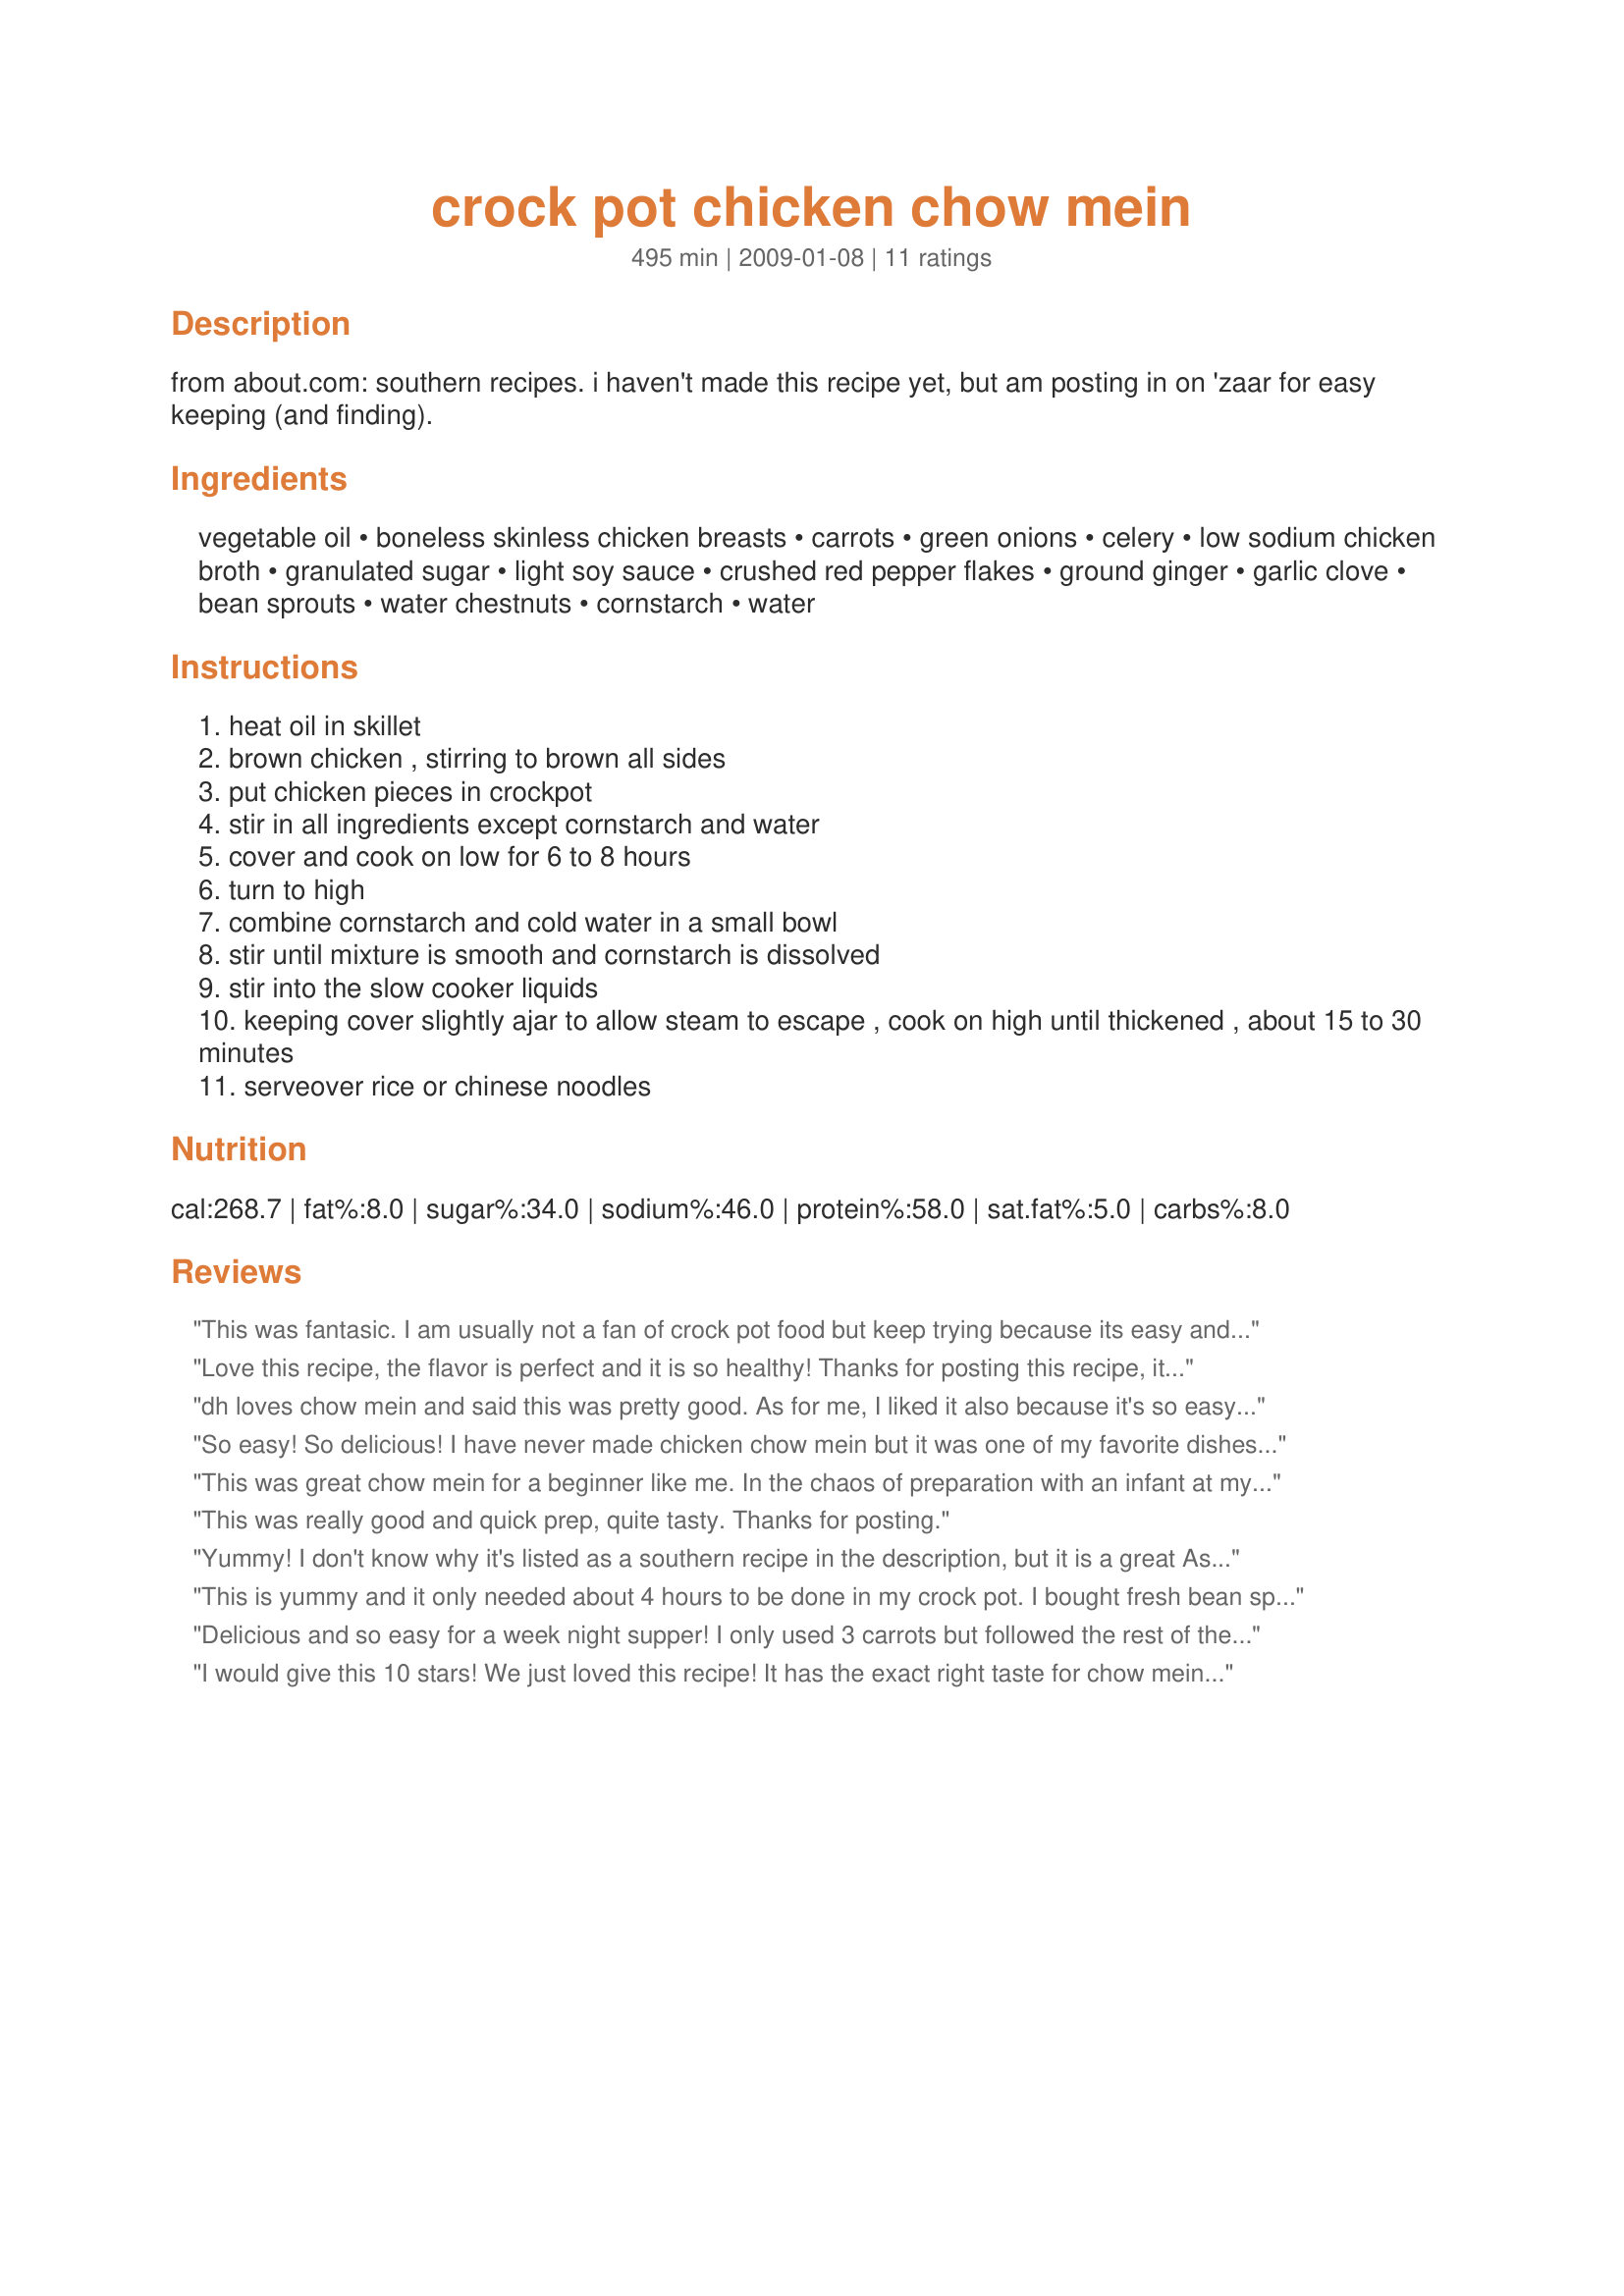
crock pot chicken chow mein
Preparation time: 495 minutes

from about.com: southern recipes. i haven't made this recipe yet, but am posting in on 'zaar for easy keeping (and finding).

Ingredients:
vegetable oil, boneless skinless chicken breasts, carrots, green onions, celery, low sodium chicken broth, granulated sugar, light soy sauce, crushed red pepper flakes, ground ginger, garlic clove, bean sprouts, water chestnuts, cornstarch, water

Steps:
heat oil in skillet
brown chicken , stirring to brown all sides
put chicken pieces in crockpot
stir in all ingredients except cornstarch and water
cover and cook on low for 6 to 8 hours
turn to high
combine cornstarch and cold water in a small bowl
stir until mixture is smooth and cornstarch is dissolved
stir into the slow cooker liquids
keeping cover slightly ajar to allow steam to escape , cook on high until thickened , about 15 to 30 minutes
serveover rice or chinese noodles

Reviews:
This was fantasic. I am usually not a fan of crock pot food but keep trying because its easy and this is definately a keeper. I didn't use the water chesnuts or the canned bean sprouts because I don't like them. I added drained baby corn instead. I cooked on high for about 4 hours, added the cornstarch/water and cooked another 10 minutes. Turned out perfect.
Love this recipe, the flavor is perfect and it is so healthy! Thanks for posting this recipe, it is quite flexible and so easy! I put the chicken in the crockpot without browning, used a fresh bag of bean sprouts, fresh ginger, a yellow onion, no water chestnuts, sucralose for sweetener and no sides for a lower carb meal. This goes in my favorite recipes and meal rotation.
dh loves chow mein and said this was pretty good. As for me, I liked it also because it's so easy to prepare and gave us lots of left-overs, even though I'm not big on Asian food, I thought it was tasty.<br/>Thanks for posting it
So easy! So delicious!

I have never made chicken chow mein but it was one of my favorite dishes my mom made. This recipe tasted just like hers! I made it a few weeks ago and will make two crackpots of it tomorrow, which is a lot because my husband, who also loved the recipe, and I are in our upper 60s and don&#039;t eat that much. We will be giving this to 2 friends from church whose spouses are going through chemotherapy. I&#039;m a decent cook so I wouldn&#039;t take something unless it tasted really good. This recipe fills the bill.
This was great chow mein for a beginner like me. In the chaos of preparation with an infant at my feet I forgot the T of sugar but when it was done I didn't even notice. I also used a whole bag of fresh bean sprouts instead of the can. Yum! To add an extra health benefit I served this with brown rice. It was great! We'll make it again when the craving comes along.
This was really good and quick prep, quite tasty. Thanks for posting.
Yummy! I don't know why it's listed as a southern recipe in the description, but it is a great Asian dish. I drained my cans, as it did not specify and the whole thing was done in 2 hrs. I also halved the cornstarch as a quarter cup seemed like a lot, and it worked perfectly. This is really good chow mein that I will be making often. Thanks for sharing. :)
This is yummy and it only needed about 4 hours to be done in my crock pot. I bought fresh bean sprouts to put in it in the last hour, but they didn't last for the 2 days that I had them in the fridge, so our version is sprout-less! :( My kids mostly like Chow Mein because of the noodles that you usually get with them, so I bought Chow Mein noodles and put a little bit of egg omelette on top of the dish. Yum! Made for PRMR.
Delicious and so easy for a week night supper! I only used 3 carrots but followed the rest of the recipe as written -- delish! Thanks for sharing this keeper recipe!
I would give this 10 stars! We just loved this recipe! It has the exact right taste for chow mein. Plus , it was so easy. It smelled so good cooking this afternoon! My hubby had seconds and told me to make this again. I added in a can of bamboo shoots , drained, and I drained my water chestnuts and bean sprouts. I had a 15 ounce can of bean sprouts so I put the whole can in there. I used 4 garlic cloves and 1 tablespoon fresh grated gingerroot instead of the powder. I added 1 tablespoon of molasses , a pinch of white pepper and a little sesame oil. I found the amount of cornstarch in this recipe to be the perfect amount to achieve the correct consistency. I served it over jasmine rice with the crunchy chow mein noodles sprinkled on top, just like when I would eat the canned chow mein as a kid. This was so much better. Mine was done in 4 hours on low in my crock pot. Served egg rolls on the side. What a great meal. Thank you so much for posting! I don't have many slow cooker recipes for chicken that I love, but this is my favorite-a total keeper! Clean-up was a breeze!
This is an easy and tasty dish. I didn't add the cornstarch & water at the end, and it still worked out well served over brown rice. I also substituted 1 packet of Splenda for the sugar. Thanks for posting!!
